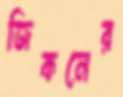
জিকনের